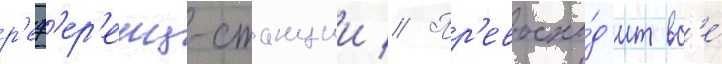
р'еф'ер'енц-станции // Пр'евосхо́д'ит вс'е́